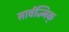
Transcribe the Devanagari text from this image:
सार्वज्निक्